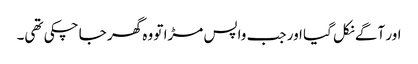
اور آگے نکل گیا اور جب واپس مڑا تو وہ گھر جا چکی تھی۔